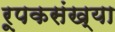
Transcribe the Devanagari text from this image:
रूपकसंख्या